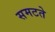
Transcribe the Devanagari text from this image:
समटते